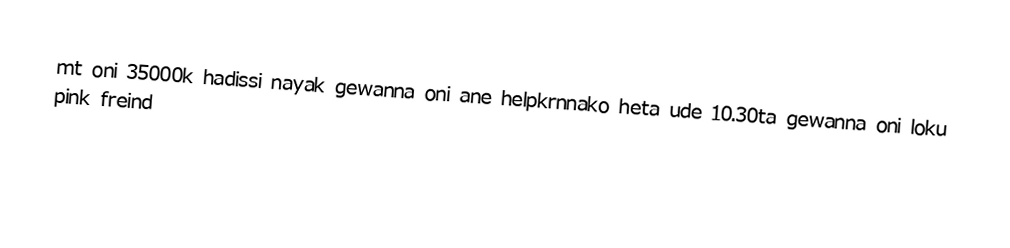
mt oni 35000k hadissi nayak gewanna oni ane helpkrnnako heta ude 10.30ta gewanna oni loku pink freind